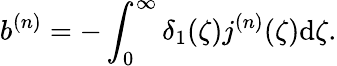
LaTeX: b^{(n)}=-\int_{0}^{\infty}\delta_{1}(\zeta)j^{(n)}(\zeta)\mathrm{d}\zeta.